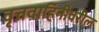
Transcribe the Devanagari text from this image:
वृत्तवाहिनीवरील